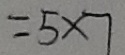
= 5 \times 7